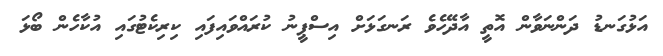
އަޅުގަނޑު ދަންނަވާން އޮތީ އާދޭހެވެ ރަނގަޅަށް އިސްޕީނު ކުރައްވައިފައި ކިރިކެޓުގައި އުކާހެން ބޯޅަ